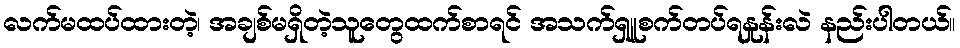
လက်မထပ်ထားတဲ့၊ အချစ်မရှိတဲ့သူတွေထက်စာရင် အသက်ရှူစက်တပ်ရနှုန်းလဲ နည်းပါတယ်။